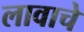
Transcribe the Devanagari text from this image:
लावाचे